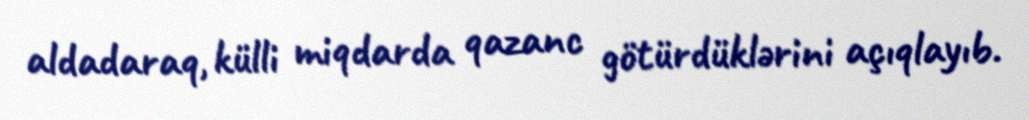
aldadaraq, külli miqdarda qazanc götürdüklərini açıqlayıb.